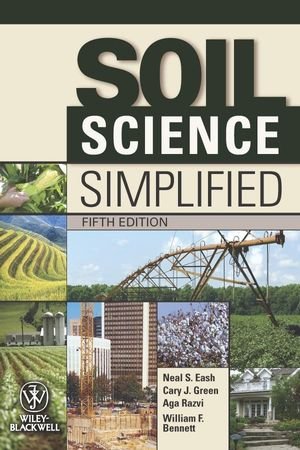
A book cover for Soil Science Simplified; Neal S. Eash; Science & Math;